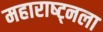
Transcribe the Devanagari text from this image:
महाराष्ट्नला